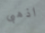
اذهبى